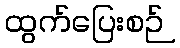
ထွက်ပြေးစဉ်